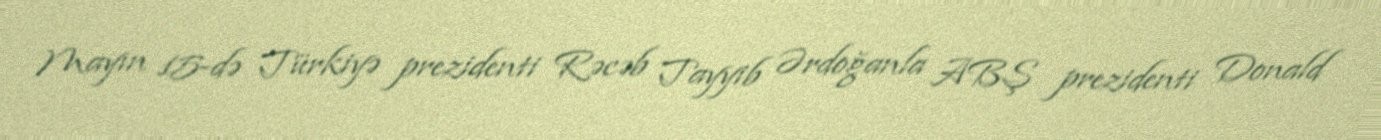
Mayın 15-də Türkiyə prezidenti Rəcəb Tayyib Ərdoğanla ABŞ prezidenti Donald